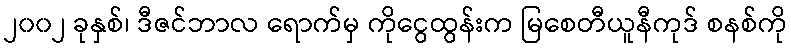
၂၀၀၂ ခုနှစ်၊ ဒီဇင်ဘာလ ရောက်မှ ကိုငွေထွန်းက မြစေတီယူနီကုဒ် စနစ်ကို